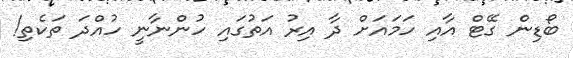
ބޯޑިން ގޭޓް އާއި ހަމައަށް ދާ އިރު އަތުގައި ހުންނާނީ ހުއްދަ ތަކެތި!